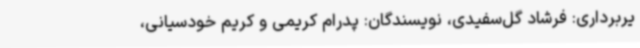
یربرداری: فرشاد گل‌سفیدی، نویسندگان: پدرام کریمی و کریم خودسیانی،